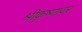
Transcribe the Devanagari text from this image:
श्रीकृष्णावर